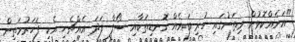
"އަނެއްކޮޅުން މިތަނުގައި ހުރި ބައެއް ގޮނޑިތަކާއި ސޯފާ ފަދަ އެއްޗެހި އެކި ފަހަރުމަތިން